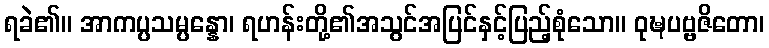
ရခဲ၏။ အာကပ္ပသမ္ပန္နော၊ ရဟန်းတို့၏အသွင်အပြင်နှင့်ပြည့်စုံသော။ ဝုဍ္ဎပဗ္ဗဇိတော၊